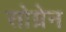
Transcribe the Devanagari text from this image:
सोग्रेन